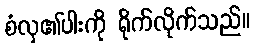
စံလှ၏ပါးကို ရိုက်လိုက်သည်။